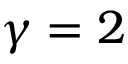
\gamma = 2